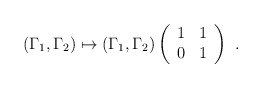
\begin{align*}( \Gamma_1, \Gamma_2 ) \mapsto( \Gamma_1, \Gamma_2 ) \left( \begin{array}{cc} 1 & 1 \\ 0 & 1 \end{array} \right) \ .\end{align*}